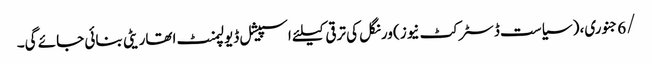
/6جنوری، ( سیاست ڈسٹرکٹ نیوز) ورنگل کی ترقی کیلئے اسپیشل ڈیولپمنٹ اتھاریٹی بنائی جائے گی۔